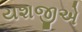
યશજીએ